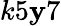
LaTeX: k5\mathbf{y}7